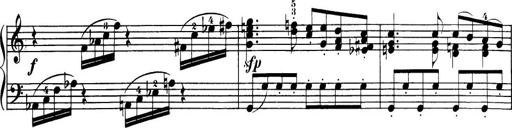
Title: 32 Sonatinas and Rondos for the Piano
Composer: Richard Kleinmichel